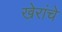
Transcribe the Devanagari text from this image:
खेरांचे